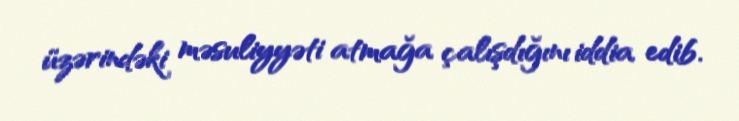
üzərindəki məsuliyyəti atmağa çalışdığını iddia edib.